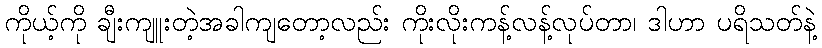
ကိုယ့်ကို ချီးကျူးတဲ့အခါကျတော့လည်း ကိုးလိုးကန့်လန့်လုပ်တာ၊ ဒါဟာ ပရိသတ်နဲ့